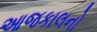
આજકાલનો